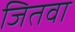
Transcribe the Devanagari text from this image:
जितवा